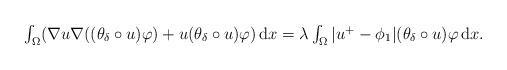
LaTeX: \begin{align*}\begin{array}{l}\int_{\Omega }(\nabla u\nabla ((\theta _{\delta }\circ u)\varphi )+u(\theta_{\delta }\circ u)\varphi )\,\mathrm{d}x=\lambda \int_{\Omega }|u^{+}-\phi_{1}|(\theta _{\delta }\circ u)\varphi \,\mathrm{d}x.\end{array}\end{align*}